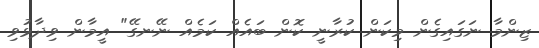
ޒިންމާ ނަގައިގެން މިކަން ކުރާނީ ކޮން ބައެއް ކަމެއް ނޭނގޭ" އީމާން ވިދާޅުވި